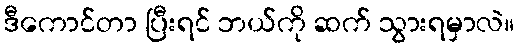
ဒီကောင်တာ ပြီးရင် ဘယ်ကို ဆက် သွားရမှာလဲ။